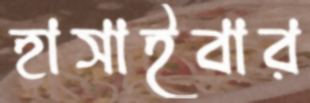
হাসাইবার